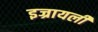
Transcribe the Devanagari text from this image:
इज्रायली